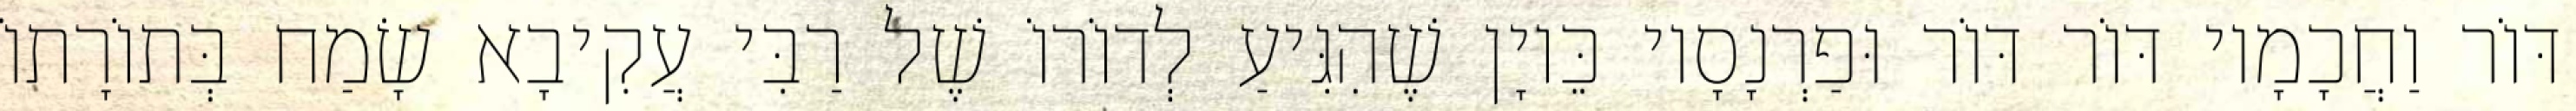
דּוֹר וַחֲכָמָיו דּוֹר דּוֹר וּפַרְנָסָיו כֵּיוָן שֶׁהִגִּיעַ לְדוֹרוֹ שֶׁל רַבִּי עֲקִיבָא שָׂמַח בְּתוֹרָתוֹ